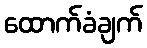
ထောက်ခံချက်